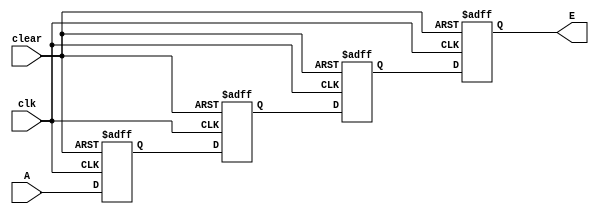
module shiftreg (A,clk,clear,E);

input clk,A,clear;
output reg E;

reg B,C,D;

always @(posedge clk or negedge clear)

 begin 
   
   if (!clear)
     
     begin
     B<=0;
      C<=0;
       D<=0;
        E<=0;
        end
    else
    begin 
     E<=D;
     D<=C;
     C<=B;
     B<=A;
     end
 end    

 endmodule


module testbench;

reg a,clear,clk;
wire e;

shiftreg sr (a,clk,clear,e);

initial 

 begin  
   
   $monitor ($time, "a=%b, clear =%b, clk = %b,e =%b", a,clear,clk,e);
  
    a=1; clk=0; clear=0;

    #5 clear=1;clk=1;

    repeat(10) #5 clk = ~clk;

   
   #30 $finish;

  
   end

   endmodule